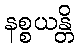
နစ္စယန္တိ